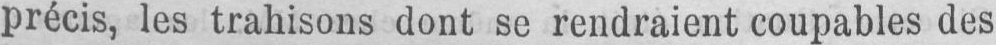
précis, les trahisons dont se rendraient coupables des